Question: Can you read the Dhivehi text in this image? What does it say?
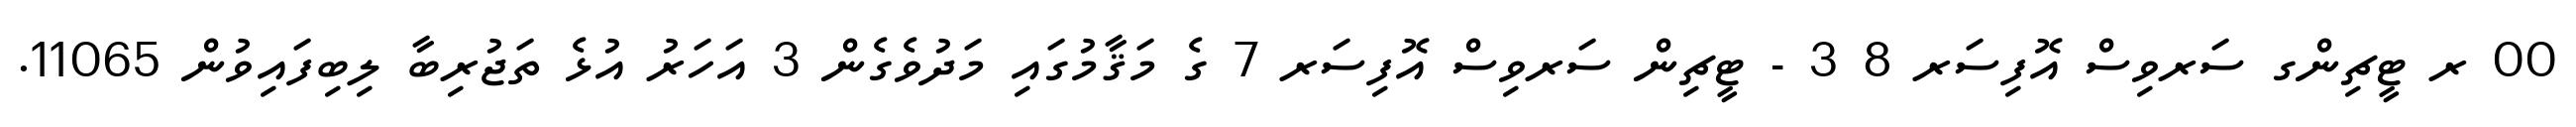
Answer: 00 ރ ޓީޗިންގ ސަރވިސް އޮފިސަރ 8 3 - ޓީޗިން ސަރވިސް އޮފިސަރ 7 ގެ މަޤާމުގައި މަދުވެގެން 3 އަހަރު އުޅެ ތަޖުރިބާ ލިބިފައިވުން 11065.